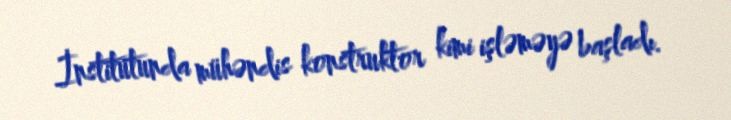
İnstitutunda mühəndis konstruktor kimi işləməyə başladı.